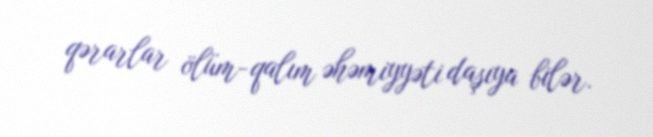
qərarlar ölüm-qalım əhəmiyyəti daşıya bilər.